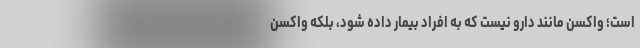
است؛ واکسن مانند دارو نیست که به افراد بیمار داده ‌شود، بلکه واکسن